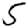
Digit: 5